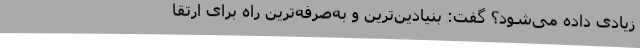
زیادی داده می‌شود؟ گفت: بنیادین‌ترین و به‌صرفه‌ترین راه برای ارتقا